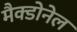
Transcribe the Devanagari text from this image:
मैक्डोनेल